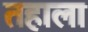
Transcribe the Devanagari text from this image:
तहाला